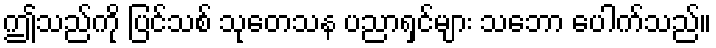
ဤသည်ကို ပြင်သစ် သုတေသန ပညာရှင်များ သဘော ပေါက်သည်။